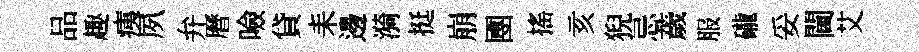
品趣痍夙弁曆噞貸耒邊漪挺崩圑搖亥猊忌薉服礲妥閫艾